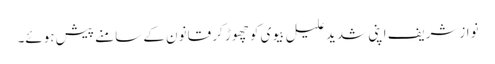
نوازشریف اپنی شدید علیل بیوی کو چھوڑ کر قانون کے سامنے پیش ہوئے۔